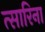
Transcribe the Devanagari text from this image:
त्सारिना